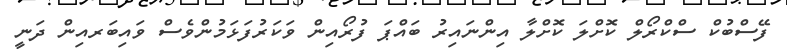
ފޭސްބުކް ސްކްރޯލް ކޮށްލަ ކޮށްލާ އިންނައިރު ބައްޕަ ފުރޯއިން ވަކަރުފަޅަމުންވެސް ވައިބަރއިން ދަނީ